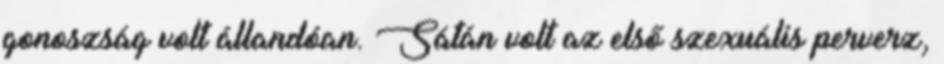
gonoszság volt állandóan. Sátán volt az első szexuális perverz,